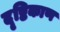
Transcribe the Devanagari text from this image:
दृष्टिकाण